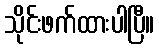
သိုင်းဖက်ထားပါပြီ။